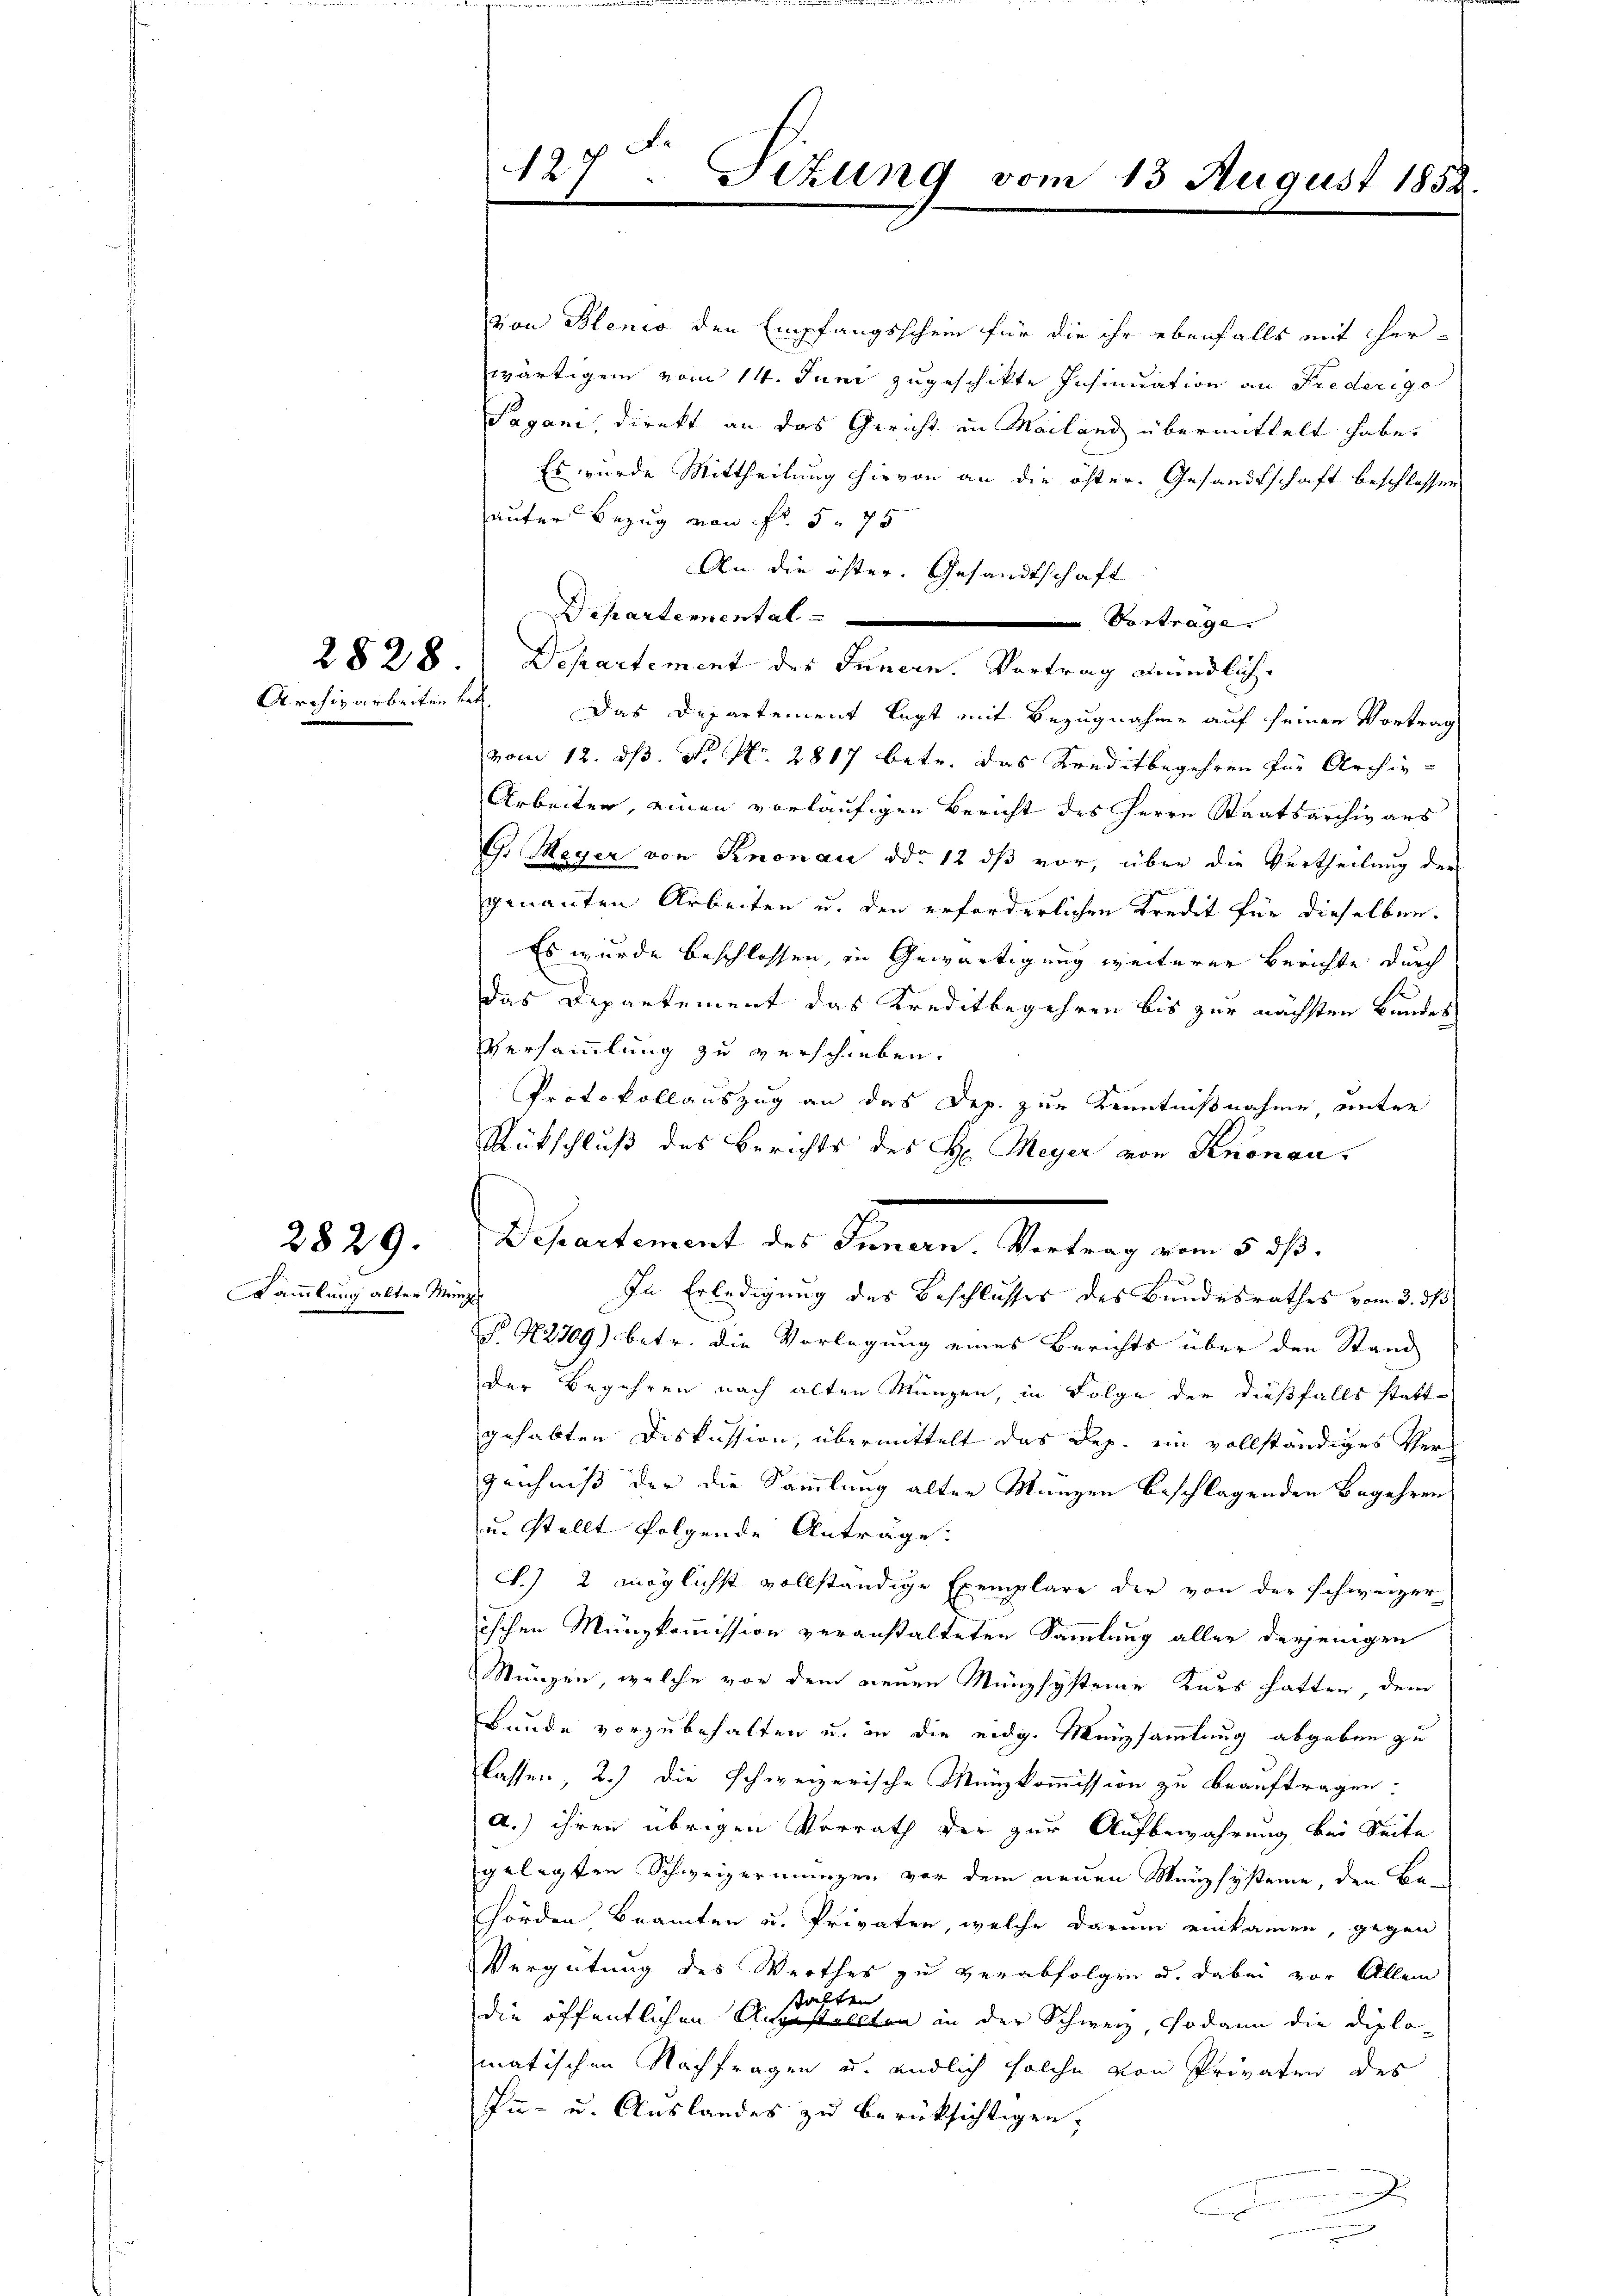
2829.

Sammlung alter Menz

von Blenis den Empfangsschein für die ihr ebenfalls mit er-
wärtigem vom 14. Juni zugeschikte Insinuation an Frederige
Pagani, direkt an das Gericht in Mailand übermittelt habe.
Es wurde Mittheilung hievon an die öfter. Gesandtschaft beschlossen
unter Bezug von fr. 5. 75
An die öster, Gesandtschaft
Departemental
Vortrage
2828. Departement des Innern. Vortrag mündlich.
Archivarbeiten bet. Das Departement legt mit Bezugnahme auf seinen Vortrag
vom 12. ds. No. No. 2817 betr. das Kreditbegehren für Archiv
Arbeiten, einen vorläufigen Bericht des Herrn Staatsarchivars
G. Meyer von Knonau ddo 12 ds vor, über die Vertheilung der
genannten Arbeiten u. den erforderlichen Kredit für dieselben.
Es wurde beschlossen, in Gewärtigung weiterer Berichte durch
Das Departement das Kreditbegehren bis zur nächsten Bundes
Versammlung zu verschieben.
Protokollauszug an das Dep. zur Kenntnißnahme, unter
Rütschluß des Berichts des H. Meyer von Knonau,
In Erledigung des Beschlusses des Bundesrathes vom 3. ds
P N279) betr. die Vorlegung eines Berichts über den Stand
der Begehren nach alten Münzen, in Folge der dießfalls stattgehabten Diskussion, übermittelt das Rep. ein vollständiges Ver¬
Zeichniß der die Sammlung alter Manzen beschlagenden Begehren
u. stellt folgende Antrage:
S.) 2 möglichst vollständige Exemplare der von der schweizer-
ischen Münzkommission veranstalteten Sammlung aller derjenigen
Münzen, welche vor dem neuen Münzsysteme Kurs hatten, dem
Bunde vorzubehalten u. in die eidg. Menzsammlung abgeben zu
lassen, 2.) Die schweizerische Münzkommission zu beauftragen:
a.) ihren übrigen Verrath der zur Aufbewahrung bei Seite
gelegten Schweizermangen vor dem neuen Manzsysteme, den Be-
hörden Beamten u. Privaten, welche darum einkamen, gegen
Vergütung des Werthes zu verabfolgen u. dabei vor Allein
die öffentlichen Ansehe er seien in der Schweiz sodann die Diplo-
matischen Nachfragen u. endlich solche von Privaten des
In- u. Auslandes zu berücksichtigen.
u
B
.

127. Sizung vom 13 August 1852.

Departement des Innern. Vertrag vom 5. ds.